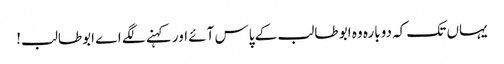
یہاں تک کہ دوبارہ وہ ابو طالب کے پاس آئے اور کہنے لگے اے ابوطالب!